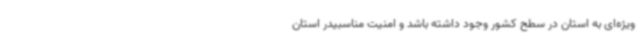
ویژه‌ای به استان در سطح کشور وجود داشته باشد و امنیت مناسبیدر استان